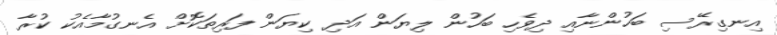
އިނގިރޭސި ބަހުންނާއި ދިވެހި ބަހުން ލިޔަން އަދި ކިޔަން ފަރިތަކޮށް އެނގުމާއެކު ކުރާ